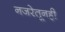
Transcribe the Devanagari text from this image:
नजरेतूनही